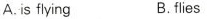
A.is flying B. flies